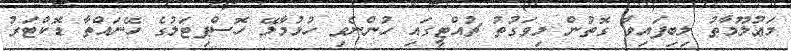
މަޢުލޫމާތު ލިބިފައިވާ ގޮތުން މިވަގުތު ޗުއްޓީގައި ހުންނެވި ހުޅުމާލޭ ހޮސްޕިޓަލުގެ ހޭނައްތާ ޑޮކްޓަރު